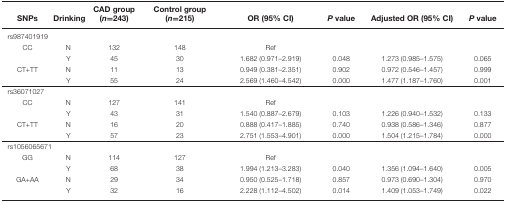
<table><thead><tr><td><b>SNPs</b></td><td><b>Drinking</b></td><td><b>CAD group (<i>n=</i>243)</b></td><td><b>Control group (<i>n=</i>215)</b></td><td><b>OR (95% CI)</b></td><td><b><i>P</i> value</b></td><td><b>Adjusted OR (95% CI)</b></td><td><b><i>P</i> value</b></td></tr></thead><tbody><tr><td colspan="8">rs987401919</td></tr><tr><td>CC</td><td>N</td><td>132</td><td>148</td><td>Ref</td><td></td><td></td><td></td></tr><tr><td></td><td>Y</td><td>45</td><td>30</td><td>1.682 (0.971–2.919)</td><td>0.048</td><td>1.273 (0.985–1.575)</td><td>0.065</td></tr><tr><td>CT+TT</td><td>N</td><td>11</td><td>13</td><td>0.949 (0.381–2.351)</td><td>0.902</td><td>0.972 (0.546–1.457)</td><td>0.999</td></tr><tr><td></td><td>Y</td><td>55</td><td>24</td><td>2.569 (1.460–4.542)</td><td>0.000</td><td>1.477 (1.187–1.760)</td><td>0.001</td></tr><tr><td colspan="8">rs36071027</td></tr><tr><td>CC</td><td>N</td><td>127</td><td>141</td><td>Ref</td><td></td><td></td><td></td></tr><tr><td></td><td>Y</td><td>43</td><td>31</td><td>1.540 (0.887–2.679)</td><td>0.103</td><td>1.226 (0.940–1.532)</td><td>0.133</td></tr><tr><td>CT+TT</td><td>N</td><td>16</td><td>20</td><td>0.888 (0.417–1.885)</td><td>0.740</td><td>0.938 (0.586–1.346)</td><td>0.877</td></tr><tr><td></td><td>Y</td><td>57</td><td>23</td><td>2.751 (1.553–4.901)</td><td>0.000</td><td>1.504 (1.215–1.784)</td><td>0.000</td></tr><tr><td colspan="8">rs1056065671</td></tr><tr><td>GG</td><td>N</td><td>114</td><td>127</td><td>Ref</td><td></td><td></td><td></td></tr><tr><td></td><td>Y</td><td>68</td><td>38</td><td>1.994 (1.213–3.283)</td><td>0.040</td><td>1.356 (1.094–1.640)</td><td>0.005</td></tr><tr><td>GA+AA</td><td>N</td><td>29</td><td>34</td><td>0.950 (0.525–1.718)</td><td>0.857</td><td>0.973 (0.690–1.304)</td><td>0.970</td></tr><tr><td></td><td>Y</td><td>32</td><td>16</td><td>2.228 (1.112–4.502)</td><td>0.014</td><td>1.409 (1.053–1.749)</td><td>0.022</td></tr></tbody></table>